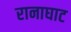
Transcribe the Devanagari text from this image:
रानाघाट